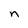
Character: n